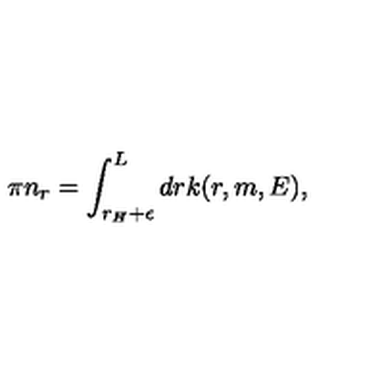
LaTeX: \pi n _ { r } = \int _ { r _ { H } + \epsilon } ^ { L } d r k ( r , m , E ) ,